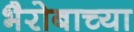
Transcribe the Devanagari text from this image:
भैरोबाच्या